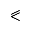
\eqslantless